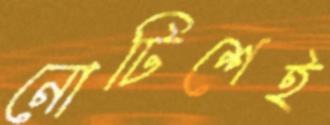
নোটিশেই